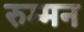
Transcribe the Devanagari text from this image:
रुम्मन